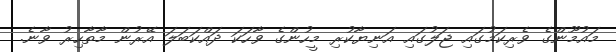
މައުމޫންގެ ވެރިކަމުގައި ޖަލުގައި އަނިޔާކުރި މީހުންގެ ވާހަކަ ދައްކަބަލަ އޭރުން މާތާހިރު ވާނެ.